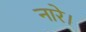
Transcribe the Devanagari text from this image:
नारे।